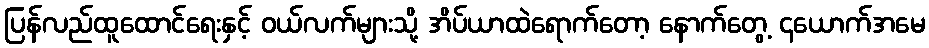
ပြန်လည်ထူထောင်ရေးနှင့် ဝယ်လက်များသို့ အိပ်ယာထဲရောက်တော့ နောက်တွေ့ ၄ယောက်အမေ